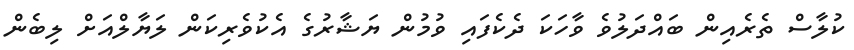
ކުލާސް ތެރެއިން ބައްދަލުވެ ވާހަކަ ދެކެފައި ވުމުން ޔަޝާރުގެ އެކުވެރިކަން ލަޔާލްއަށް ލިބެން